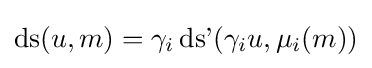
\operatorname {ds} (u,m)=\gamma _{i}\operatorname {ds'} (\gamma _{i}u,\mu _{i}(m))